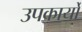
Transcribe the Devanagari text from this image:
उपकार्यों